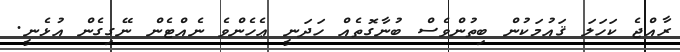
ރާއްޖެ ކަހަލަ ޤައުމަކުން ބިތުންވެސް ބުނާގޮތެއް ހަދަނީ ޢެހެންވެ ނެއްޓެން ނޭގިގެން އުޅެނީ.